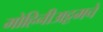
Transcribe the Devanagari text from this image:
मोहिनीअट्टमचे